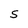
Character: S